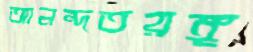
আনন্দতরঙ্গ